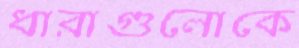
ধারাগুলোকে